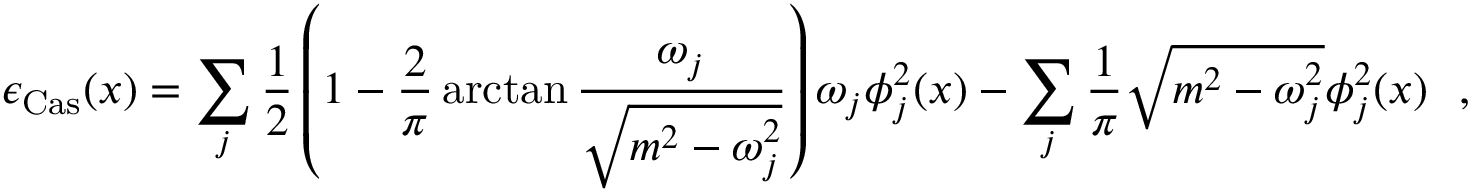
\epsilon _ { \mathrm { C a s } } ( x ) = \sum _ { j } \frac { 1 } { 2 } \left( 1 - \frac { 2 } { \pi } \arctan \frac { \omega _ { j } } { \sqrt { m ^ { 2 } - \omega _ { j } ^ { 2 } } } \right) \omega _ { j } \phi _ { j } ^ { 2 } ( x ) - \sum _ { j } \frac { 1 } { \pi } \sqrt { m ^ { 2 } - \omega _ { j } ^ { 2 } } \phi _ { j } ^ { 2 } ( x ) \ \ ,